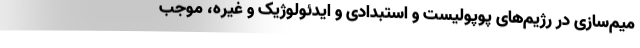
میم‌سازی در رژیم‌های پوپولیست و استبدادی و ایدئولوژیک و غیره، موجب